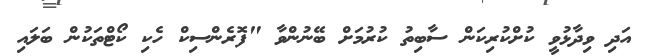
އަދި ވިދާޅުވީ ކުށްކުރިކަން ސާބިތު ކުރުމަށް ބޭނުންވާ "ފޮރެންސިކް ހެކި ކޯޓްތަކުން ބަލައި